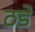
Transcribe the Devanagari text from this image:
ठडे